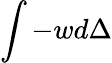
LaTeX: \int-wd\Delta